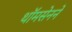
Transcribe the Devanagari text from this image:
थॉमसेनने